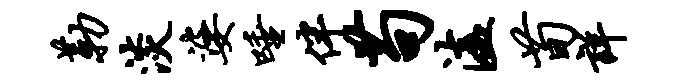
勒淡婆唾伴苟溘荀详